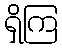
ရှိကြ